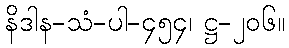
နိဒါန-သံ-ပါ-၄၅၄၊ ဋ္ဌ-၂၀၆။